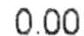
0.00